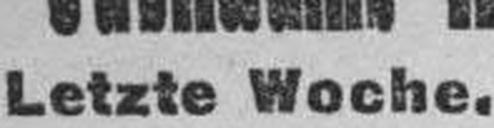
Letzte Woche.